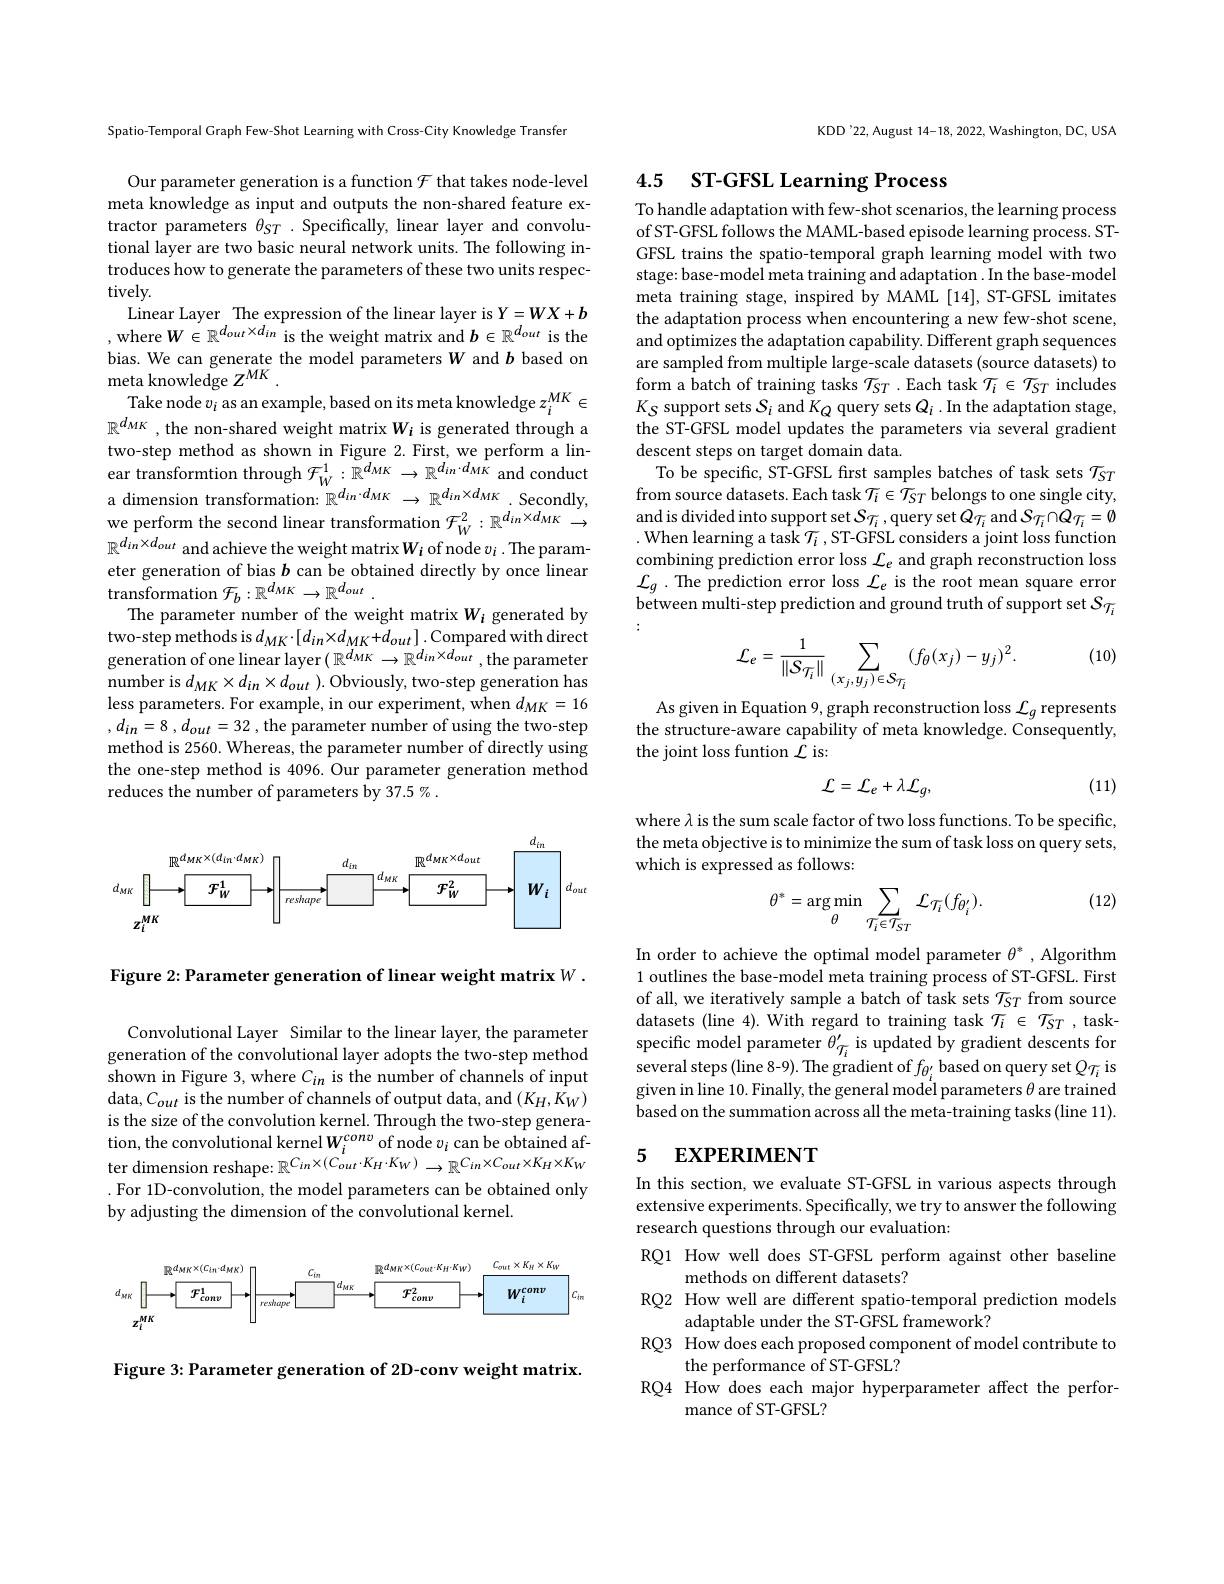
Spatio-Temporal Graph Few-Shot Learning with Cross-City Knowledge Transfer

Our parameter generation is a function $\mathcal{F}$ that takes node-level meta knowledge as input and outputs the non-shared feature extractor parameters $\theta_{ST}$ .Specifically, linear layer and convolutional layer are two basic neural network units. The following introduces how to generate the parameters of these two units respectively.
Linear Layer The expression of the linear layer is $Y=WX+b$ where$W\in\mathbb{R}^d_{out}\times d_{in}$ is the weight matrix and $b\in\mathbb{R}^d_{out}$ is the bias. We can generate the model parameters $W$ and $b$ based on meta knowledge $Z^MK.$
Take node $v_i$ as an example, based on its meta knowledge $z_i^{MK}\in$ $\mathbb{R}^{d_{MK}}$ ,the non-shared weight matrix $W_i$ is generated through a two-step method as shown in Figure 2. First, we perform a lin- $\hat{\text{ear transformtion through}}\mathcal{F}_{W}^{1}:\tilde{\mathbb{R}}^{d_{MK}}\to\mathbb{R}^{d_{in}\cdot d_{MK}}$and conduct a dimension transformation: $\mathbb{R}^{d_{in}\cdot d_{MK}}\to\mathbb{R}^{d_{in}\times d_{MK}}.$ Secondly, we perform the second linear transformation $\mathcal{F}_W^2:\mathbb{R}^{d_{in}\times d_{MK}}\to$ $\mathbb{R}^{d_{in}\times d_{out}}$ and achieve the weight matrix$W_i$ of node $v_i.$ The parameter generation of bias $b$ can be obtained directly by once linear transformation $\mathcal{F}_b:\mathbb{R}^{d_{MK}}\to\mathbb{R}^{d_{out}}.$
The parameter number of the weight matrix $W_i$ generated by two-step methods is $d_{MK}\cdot[d_{in}\times d_{MK}+d_{out}].$ Compared with direct $\hat{\text{generation of one linear layer}}(\mathbb{R}^{d_{MK}}\to\mathbb{R}^{d_{in}\times d_{out}}$,the parameter number is $d_{MK}\times d_{in}\times d_{out}$ ). Obviously, two-step generation has less parameters. For example, in our experiment, when $d_{MK}=16$ $, d_{in}= 8$ , $d_{out}= 32$ ,the parameter number of using the two-step method is 2560. Whereas, the parameter number of directly using the one-step method is 4096. Our parameter generation method reduces the number of parameters by 37.5 % .

<FigureHere>

Figure 2: Parameter generation of linear weight matrix W .

Convolutional Layer Similar to the linear layer, the parameter generation of the convolutional layer adopts the two-step method shown in Figure 3, where $C_in$ is the number of channels of input data,$C_out$ is the number of channels of output data, and $(K_H,K_W)$ is the size of the convolution kernel. Through the two-step generation, the convolutional kernel$W_i^{conv}$of node $v_i$ can be obtained after dimension reshape: $\mathbb{R}^C_{in}\times(C_{out}\cdot K_{H}\cdot K_{W})\to\mathbb{R}^{C_{in}\times C_{out}\times K_{H}\times K_{W}}$ . For 1D-convolution, the model parameters can be obtained only by adjusting the dimension of the convolutional kernel.

<FigureHere>

Figure 3: Parameter generation of 2D-conv weight matrix.

KDD'22, August 14-18, 2022, Washington, DC, USA

## 4.5 ST-GFSL Learning Process

To handle adaptation with few-shot scenarios, the learning process of ST-GFSL follows the MAML-based episode learning process. STGFSL trains the spatio-temporal graph learning model with two stage: base-model meta training and adaptation . In the base-model meta training stage, inspired by MAML [14], ST-GFSL imitates the adaptation process when encountering a new few-shot scene, and optimizes the adaptation capability. Different graph sequences are sampled from multiple large-scale datasets (source datasets) to form a batch of training tasks $\mathcal{T}_ST$ .Each task $\mathcal{T}_i\in\mathcal{T}_ST$ includes $K_{S}$ support sets $S_i$ and $K_Q$ query sets $Q_i.$ In the adaptation stage, the ST-GFSL model updates the parameters via several gradient descent steps on target domain data.
To be specific, ST-GFSL first samples batches of task sets $\mathcal{T}_{ST}$ from source datasets. Each task $\mathcal{T}_i\in\mathcal{T}_{ST}$ belongs to one single city, and is divided into support set $S_{\mathcal{T}_i}$,query set $Q_{\mathcal{T}_i}$ and $S_{\mathcal{T}_i}\cap Q_{\mathcal{T}_i}=\emptyset$ . When learning a task $\mathcal{T}_i$,ST-GFSL considers a joint loss function combining prediction error loss $\mathcal{L}_e$ and graph reconstruction loss $\mathcal{L} _{g}$ .The prediction error loss $\mathcal{L}_e$ is the root mean square error between multi-step prediction and ground truth of support set $S_{\mathcal{T}_i}$

(10)
$$\mathcal{L}_{e}=\frac{1}{\|\mathcal{S}_{\mathcal{T}_{i}}\|}\sum_{(x_{j},y_{j})\in\mathcal{S}_{\mathcal{T}_{i}}}(f_{\theta}(x_{j})-y_{j})^{2}.$$
As given in Equation 9, graph reconstruction loss $\mathcal{L}_g$ represents the structure-aware capability of meta knowledge. Consequently, the joint loss funtion $\mathcal{L}$ is:

(11)
$$\mathcal{L}=\mathcal{L}_{e}+\lambda\mathcal{L}_{g},$$
where $\lambda$ is the sum scale factor of two loss functions. To be specific, the meta objective is to minimize the sum of task loss on query sets, which is expressed as follows:

(12)
$$\theta^{*}=\arg\min_{\theta}\sum_{\tau_{i}\in\mathcal{T}_{ST}}\mathcal{L}_{\mathcal{T}_{i}}(f_{\theta_{i}^{\prime}}).$$
In order to achieve the optimal model parameter $\theta^*$, Algorithm 1 outlines the base-model meta training process of ST-GFSL. First of all, we iteratively sample a batch of task sets $\mathcal{T}_ST$ from source datasets (line 4). With regard to training task $\mathcal{T}_i\in\mathcal{T}_ST$, taskspecific model parameter $\theta_{\mathcal{T}_i}^{\prime}$ is updated by gradient descents for several steps (line 8-9). The gradient of $f_{\theta_i^{\prime}}$ based on query set $Q_{\mathcal{T}_i}$ is given in line 10. Finally, the general model parameters $\theta$ are trained based on the summation across all the meta-training tasks (line 11).

## 5 EXPERIMENT

In this section, we evaluate ST-GFSL in various aspects through extensive experiments. Specifically, we try to answer the following research questions through our evaluation:
RQ1 How well does ST-GFSL perform against other baseline
methods on different datasets?
RQ2 How well are different spatio-temporal prediction models
adaptable under the ST-GFSL framework?
RQ3 How does each proposed component of model contribute to
the performance of ST-GFSL?
RQ4 How does each major hyperparameter affect the perfor-
mance of ST-GFSL?